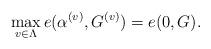
LaTeX: \begin{align*} \max_{v\in\Lambda} e(\alpha^{(v)}, G^{(v)}) = e(0, G).\end{align*}